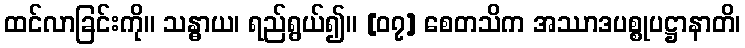
ထင်လာခြင်းကို။ သန္ဓာယ၊ ရည်ရွယ်၍။ [၀၇] စေတသိက အဿာဒပစ္စုပဋ္ဌာနာတိ၊